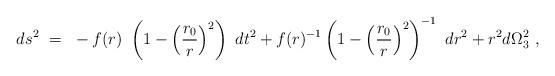
LaTeX: \begin{align*}ds^2~=~-f(r)~\left(1-\left(\frac{r_0}{r}\right)^2\right)~dt^2 +f(r)^{-1}\left(1-\left(\frac{r_0}{r}\right)^2\right)^{-1}~dr^2 + r^2d\Omega_3^2~,\end{align*}